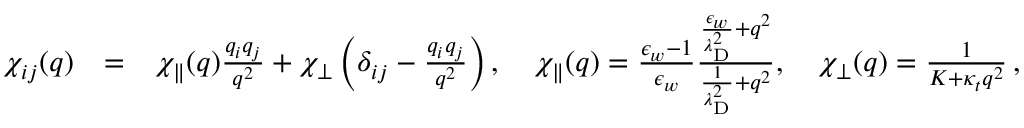
\begin{array} { r l r } { \chi _ { i j } ( q ) } & { = } & { \chi _ { \parallel } ( q ) \frac { q _ { i } q _ { j } } { q ^ { 2 } } + \chi _ { \perp } \left( \delta _ { i j } - \frac { q _ { i } q _ { j } } { q ^ { 2 } } \right) , \quad \chi _ { \parallel } ( q ) = \frac { \epsilon _ { w } - 1 } { \epsilon _ { w } } \frac { \frac { \epsilon _ { w } } { \lambda _ { \mathrm { D } } ^ { 2 } } + q ^ { 2 } } { \frac { 1 } { \lambda _ { \mathrm { D } } ^ { 2 } } + q ^ { 2 } } , \quad \chi _ { \perp } ( q ) = \frac { 1 } { K + \kappa _ { t } q ^ { 2 } } \, , } \end{array}